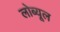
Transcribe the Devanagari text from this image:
लोब्यूल